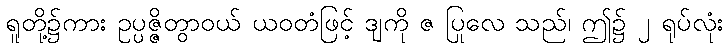
ရူတို့၌ကား ဥပ္ပဇ္ဇိတွာဝယ် ယဝတံဖြင့် ဒျကို ဇ ပြုလေ သည်၊ ဤ၌ ၂ ရုပ်လုံး